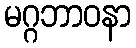
မဂ္ဂဘာဝနာ